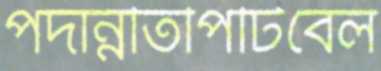
পদান্নতিপিটিবেল